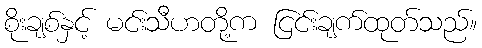
စိုးချစ်နှင့် မင်းသီဟတို့က ငြင်းချက်ထုတ်သည်။